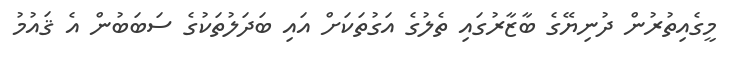
މީގެއިތުރުން ދުނިޔޭގެ ބާޒާރުގައި ތެލުގެ އަގުތަކަށް އައި ބަދަލުތަކުގެ ސަބަބުން އެ ޤައުމު